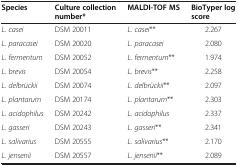
<table><thead><tr><td><b>Species</b></td><td><b>Culture collection number*</b></td><td><b>MALDI-TOF MS</b></td><td><b>BioTyper log score</b></td></tr></thead><tbody><tr><td><i>L. casei</i></td><td>DSM 20011</td><td><i>L. casei</i>**</td><td>2.267</td></tr><tr><td><i>L. paracasei</i></td><td>DSM 20020</td><td><i>L. paracasei</i></td><td>2.080</td></tr><tr><td><i>L. fermentum</i></td><td>DSM 20052</td><td><i>L. fermentum</i>**</td><td>1.974</td></tr><tr><td><i>L. brevis</i></td><td>DSM 20054</td><td><i>L. brevis</i>**</td><td>2.258</td></tr><tr><td><i>L. delbrückii</i></td><td>DSM 20074</td><td><i>L. delbrückii</i>**</td><td>2.097</td></tr><tr><td><i>L. plantarum</i></td><td>DSM 20174</td><td><i>L. plantarum</i>**</td><td>2.303</td></tr><tr><td><i>L. acidophilus</i></td><td>DSM 20242</td><td><i>L. acidophilus</i></td><td>2.337</td></tr><tr><td><i>L. gasseri</i></td><td>DSM 20243</td><td><i>L. gasseri</i>**</td><td>2.341</td></tr><tr><td><i>L. salivarius</i></td><td>DSM 20555</td><td><i>L. salivarius</i>**</td><td>2.170</td></tr><tr><td><i>L. jensenii</i></td><td>DSM 20557</td><td><i>L. jensenii</i>**</td><td>2.089</td></tr></tbody></table>